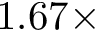
1 . 6 7 \times